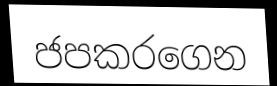
ජපකරගෙන